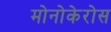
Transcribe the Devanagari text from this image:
मोनोकेरोस